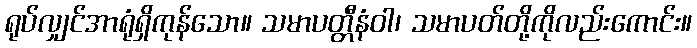
ရုပ်လျှင်အာရုံရှိကုန်သော။ သမာပတ္တီနံဝါ၊ သမာပတ်တို့ကိုလည်းကောင်း။